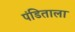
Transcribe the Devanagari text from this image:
पंडिताला